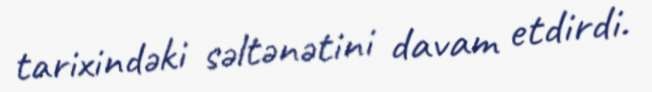
tarixindəki səltənətini davam etdirdi.